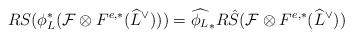
LaTeX: \begin{align*}RS(\phi_{L}^*(\mathcal{F}\otimes F^{e,*}(\widehat{L}^{\vee})))=\widehat{\phi_{L}}_*R\hat{S}(\mathcal{F}\otimes F^{e,*}(\widehat{L}^{\vee})) \end{align*}